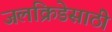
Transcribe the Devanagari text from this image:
जलक्रिडेसाठी